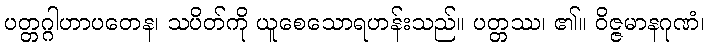
ပတ္တဂ္ဂါဟာပတေန၊ သပိတ်ကို ယူစေသောရဟန်းသည်။ ပတ္တဿ၊ ၏။ ဝိဇ္ဇမာနဂုဏံ၊